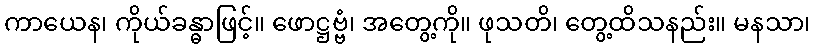
ကာယေန၊ ကိုယ်ခန္ဓာဖြင့်။ ဖောဋ္ဌဗ္ဗံ၊ အတွေ့ကို။ ဖုသတိ၊ တွေ့ထိသနည်း။ မနသာ၊